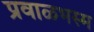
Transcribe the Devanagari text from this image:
प्रवाळभस्म